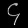
Digit: ၄